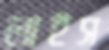
লাইস